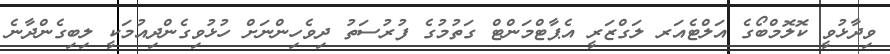
ވިދާޅުވީ ކޮލޮމްބޯގެ އަލްޓެއަރ ލަގްޒަރީ އެޕާޓްމަންޓް ގަތުމުގެ ފުރުސަތު ދިވެހިންނަށް ހުޅުވިގެންދިއުމަކީ ލިބިގެންދާނެ